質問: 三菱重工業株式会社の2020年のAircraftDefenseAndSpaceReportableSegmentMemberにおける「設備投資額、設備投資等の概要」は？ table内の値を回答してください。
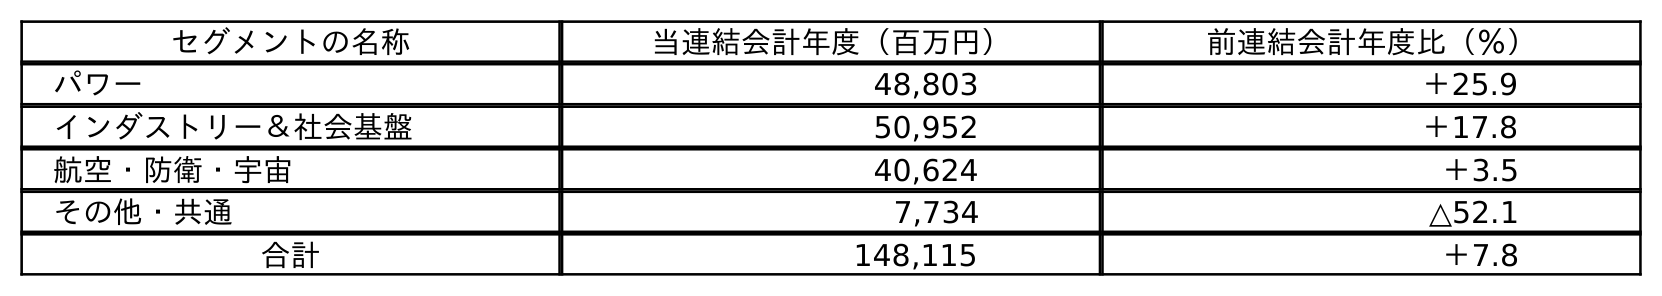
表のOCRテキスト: セグメントの名称 当連結会計年度（百万円） 前連結会計年度比（％） パワー 48,803 ＋25.9 インダストリー＆社会基盤 50,952 ＋17.8 航空・防衛・宇宙 40,624 ＋3.5 その他・共通 7,734 △52.1 合計 148,115 ＋7.8
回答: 40,624